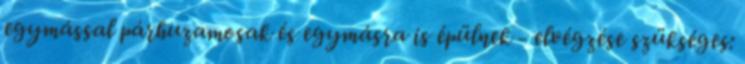
egymással párhuzamosak és egymásra is épülnek - elvégzése szükséges: